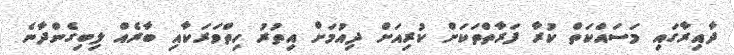
ދާއިރާގައި މަސައްކަތް ކުރާ ފަރާތްތަކަށް ކުރިއަށް ދިއުމަށް އިތުރު ހިތްވަރަކާއި ބާރެއް ލިބިގެންދާނެ